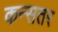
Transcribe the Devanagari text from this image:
कन्सतर